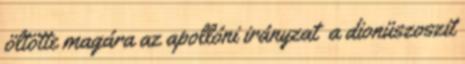
öltötte magára az apollóni irányzat a dionüszoszit